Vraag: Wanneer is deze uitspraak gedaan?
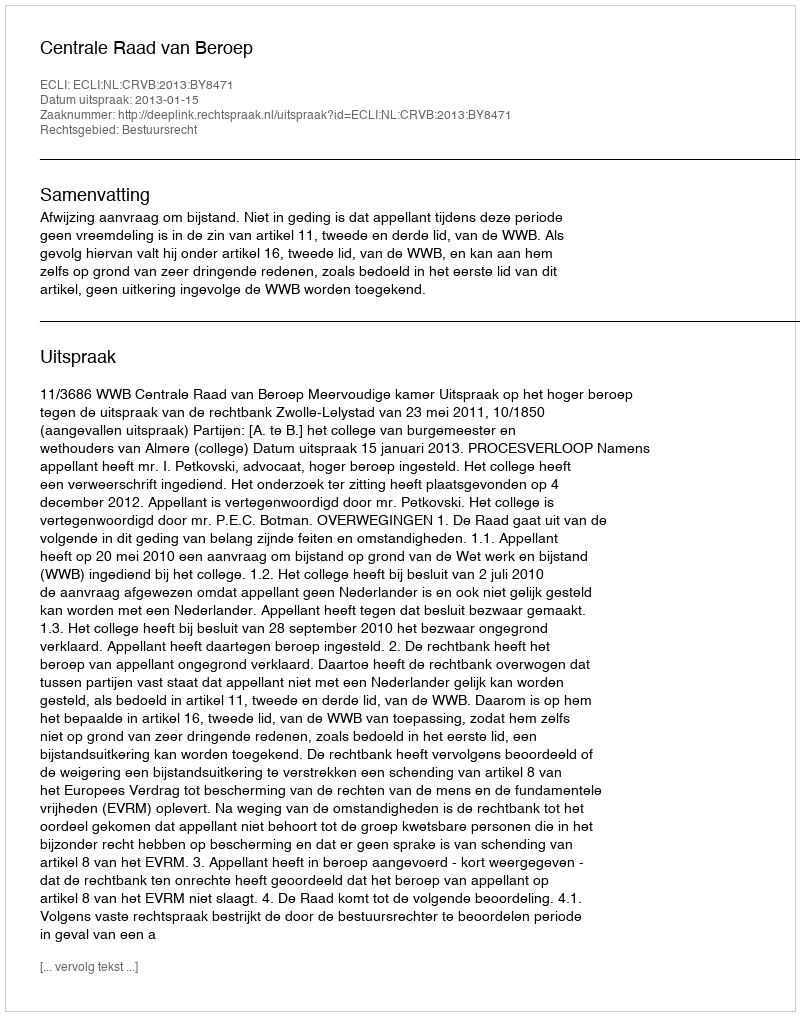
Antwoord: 2013-01-15